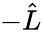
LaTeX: -\hat{L}